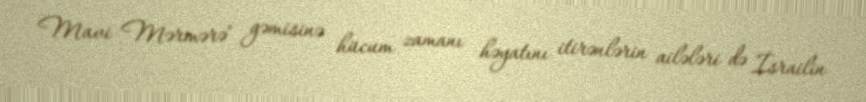
Mavi Mərmərə" gəmisinə hücum zamanı həyatını itirənlərin ailələri də İsrailin